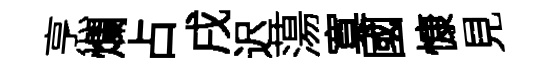
烹爛占戌迟蕩寞國慷見